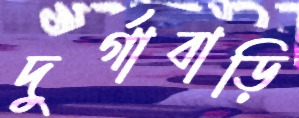
দুর্গাবাড়ি